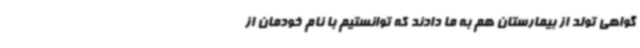
گواهی تولد از بیمارستان هم به ما دادند که توانستیم با نام خودمان از